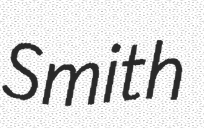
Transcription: Smith